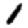
Digit: 1